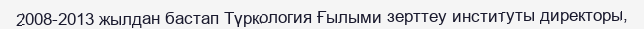
2008-2013 жылдан бастап Түркология Ғылыми зерттеу институты директоры,